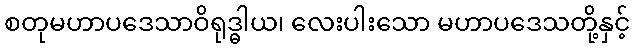
စတုမဟာပဒေသာဝိရုဒ္ဓါယ၊ လေးပါးသော မဟာပဒေသတို့နှင့်